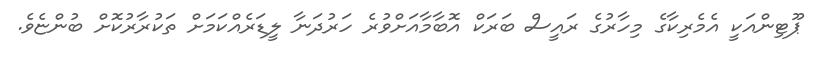
ޕޫޓިންއަކީ އެމެރިކާގެ މިހާރުގެ ރައީސް ބަރަކް އޮބާމާއަށްވުރެ ހަރުދަނާ ލީޑަރެއްކަމަށް ތަކުރާރުކޮށް ބުންޏެވެ.